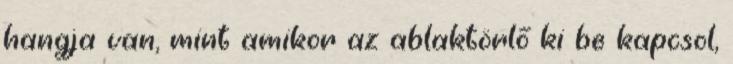
hangja van, mint amikor az ablaktörlő ki be kapcsol,